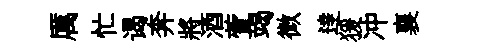
厲忙谒奔將酒萱竭微逹猨冲襄